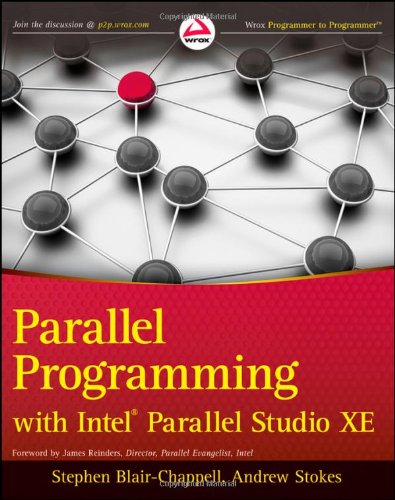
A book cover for Parallel Programming with Intel Parallel Studio XE; Stephen Blair-Chappell; Computers & Technology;